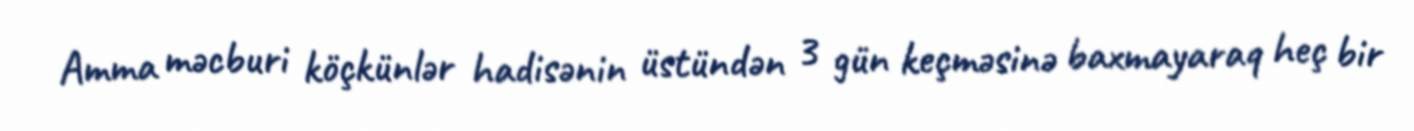
Amma məcburi köçkünlər hadisənin üstündən 3 gün keçməsinə baxmayaraq heç bir